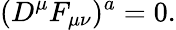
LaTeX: (D^{\mu}F_{\mu\nu})^{a}=0.